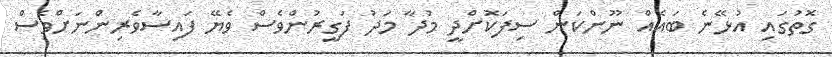
ގޮތުގައި އުޅޭނެ ބައެެއް ނޫންކަން ސިފަކޮށްދީ މުދާ މަދު ފަގީރުންވެސް ވެޔޭ ފައިސާވެރިންނަށްވެސް